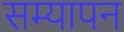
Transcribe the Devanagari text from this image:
सम्यापन